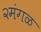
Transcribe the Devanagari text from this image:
२मंगळ